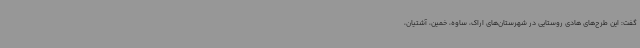
گفت: این طرح‌های هادی روستایی در شهرستان‌های اراک، ساوه، خمین، آشتیان،